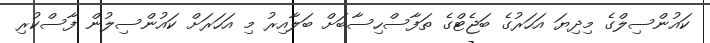
ކައުންސިލްގެ މިދިޔަ އަހަރުގެ ބަޖެޓްގެ ތަފާސްހިސާބަށް ބަލާއިރު މި އަހަރަށް ކައުންސިލުން ފާސްކުރި